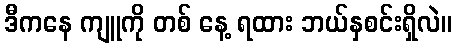
ဒီကနေ ကျူကို တစ် နေ့ ရထား ဘယ်နှစင်းရှိလဲ။